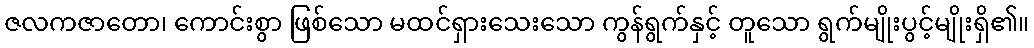
ဇလကဇာတော၊ ကောင်းစွာ ဖြစ်သော မထင်ရှားသေးသော ကွန်ရွက်နှင့် တူသော ရွက်မျိုးပွင့်မျိုးရှိ၏။